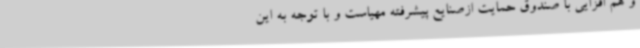
و هم افزایی با صندوق حمایت ازصنایع پیشرفته مهیاست و با توجه به این